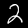
Digit: 2